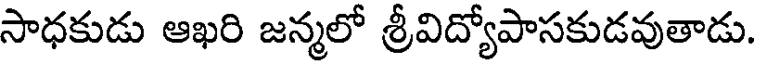
సాధకుడు ఆఖరి జన్మలో శ్రీవిద్యోపాసకుడవుతాడు.